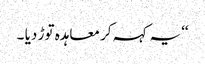
‘‘یہ کہہ کر معاہدہ توڑ دیا ۔